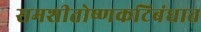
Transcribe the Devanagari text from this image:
समशीतोष्णकटिबंधात